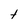
Character: t